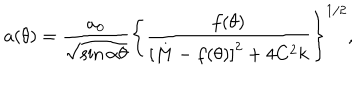
a ( \theta ) = \frac { a _ { 0 } } { \sqrt { \sin \alpha \theta } } \left\{ \frac { f ( \theta ) } { \left[ M - f ( \theta ) \right] ^ { 2 } + 4 C ^ { 2 } k } \right\} ^ { 1 / 2 } ,